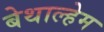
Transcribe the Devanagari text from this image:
बेथाल्हेम